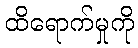
ထိရောက်မှုကို